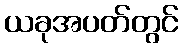
ယခုအပတ်တွင်